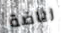
رياضة